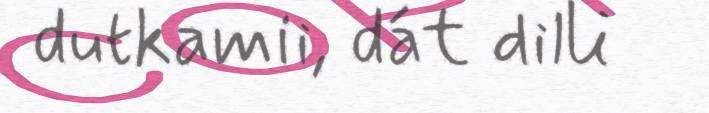
dutkamii, dát dilli